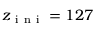
z _ { \mathrm { ~ i ~ n ~ i ~ } } = 1 2 7